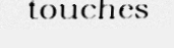
touches